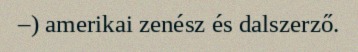
–) amerikai zenész és dalszerző.